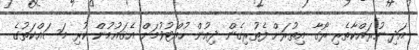
އަދި ނުރައްކާތެރި ރޯގާ އިތުރަށް ފެތުރިގެން ދިއުން ހުއްޓުވުމަށް އެޤައުމުން ކުރި މަސައްކަތުގެ